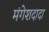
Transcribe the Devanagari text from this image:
मंगेशदादा